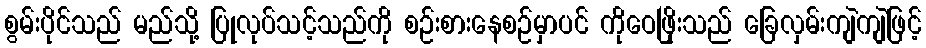
စွမ်းပိုင်သည် မည်သို့ ပြုလုပ်သင့်သည်ကို စဉ်းစားနေစဉ်မှာပင် ကိုဝေဖြိုးသည် ခြေလှမ်းကျဲကျဲဖြင့်